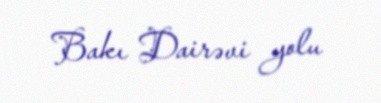
Bakı Dairəvi yolu